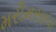
મરીમસાલા